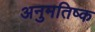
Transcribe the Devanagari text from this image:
अनुमतिष्क